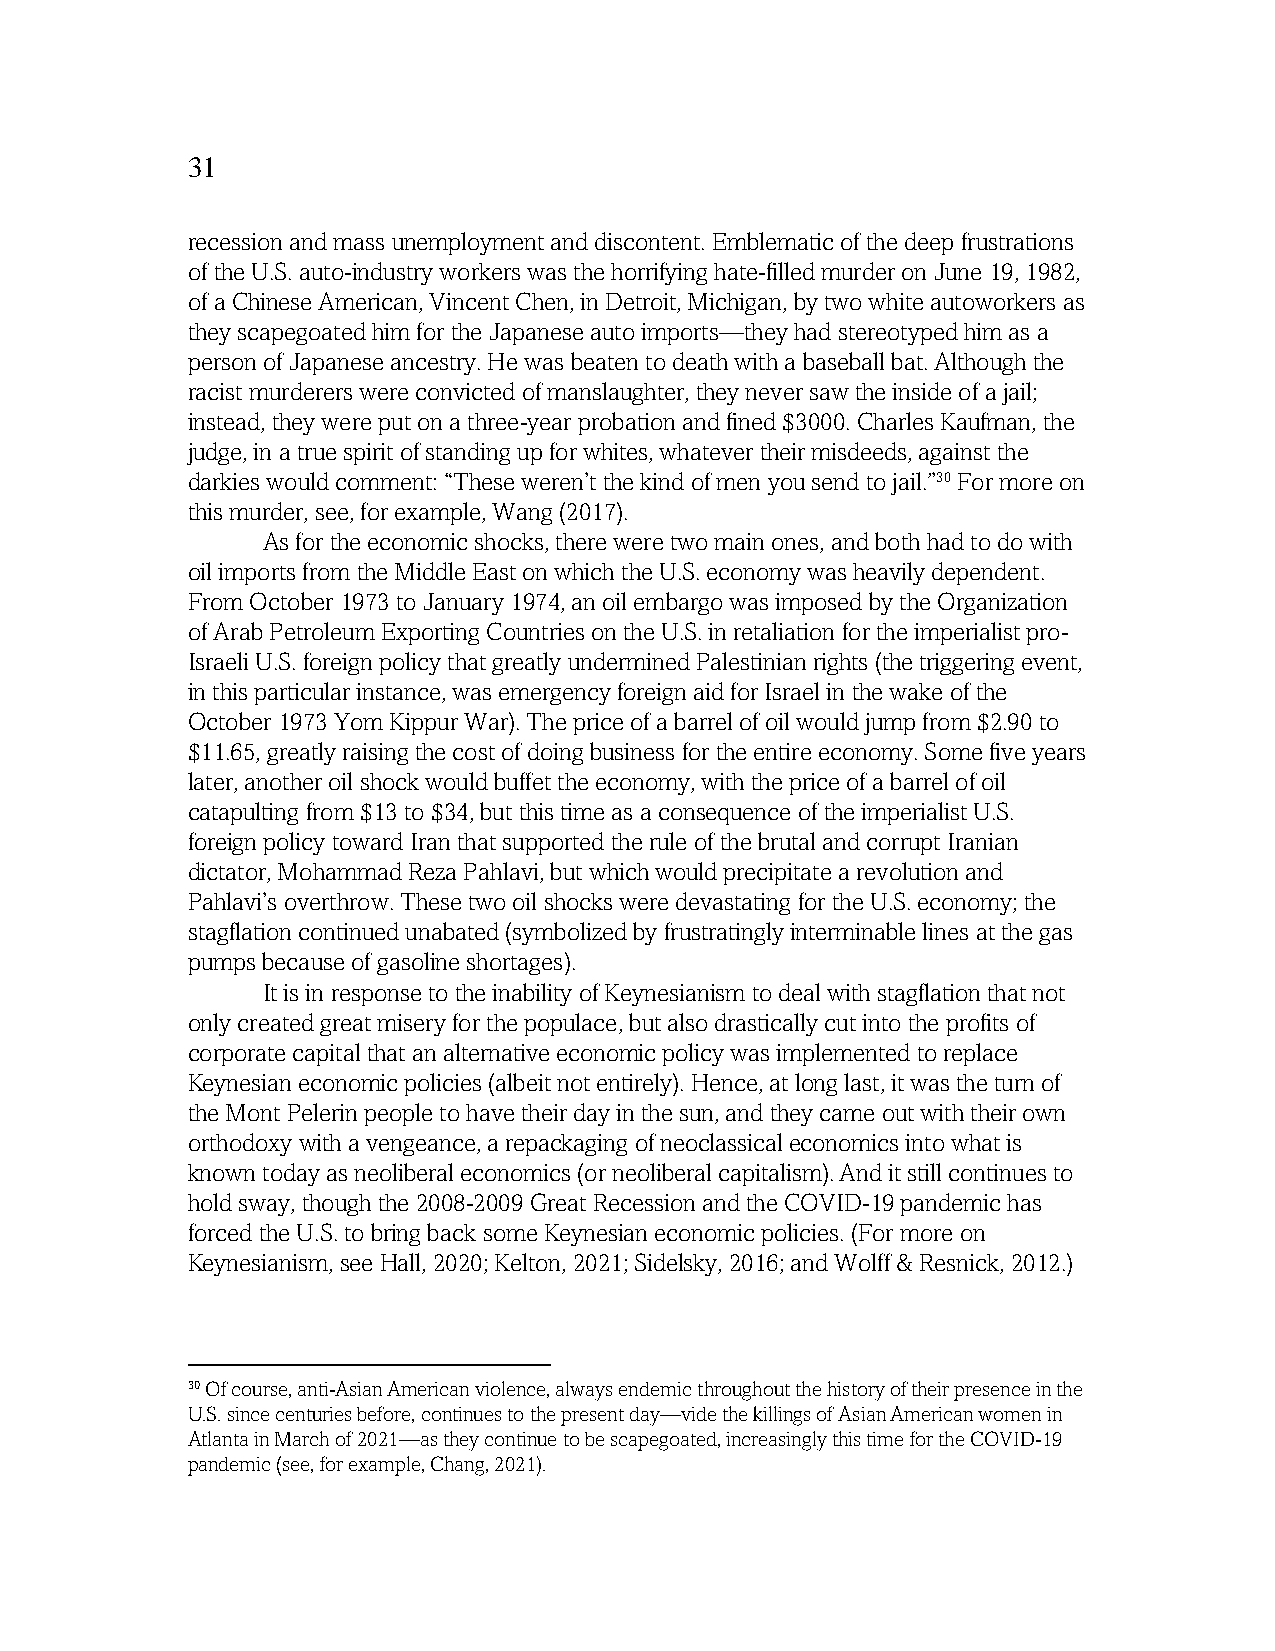
31
 recession and mass unemployment and discontent. Emblematic of the deep frustrations
 of the U.S. auto-industry workers was the horrifying hate-filled murder on June 19, 1982,
 of a Chinese American, Vincent Chen, in Detroit, Michigan, by two white autoworkers as
 they scapegoated him for the Japanese auto imports—they had stereotyped him as a
 person of Japanese ancestry. He was beaten to death with a baseball bat. Although the
 racist murderers were convicted of manslaughter, they never saw the inside of a jail;
 instead, they were put on a three-year probation and fined $3000. Charles Kaufman, the
 judge, in a true spirit of standing up for whites, whatever their misdeeds, against the
 darkies would comment: “These weren’t the kind of men you send to jail.”30 For more on
 this murder, see, for example, Wang (2017).
 As for the economic shocks, there were two main ones, and both had to do with
 oil imports from the Middle East on which the U.S. economy was heavily dependent.
 From October 1973 to January 1974, an oil embargo was imposed by the Organization
 of Arab Petroleum Exporting Countries on the U.S. in retaliation for the imperialist pro-
 Israeli U.S. foreign policy that greatly undermined Palestinian rights (the triggering event,
 in this particular instance, was emergency foreign aid for Israel in the wake of the
 October 1973 Yom Kippur War). The price of a barrel of oil would jump from $2.90 to
 $11.65, greatly raising the cost of doing business for the entire economy. Some five years
 later, another oil shock would buffet the economy, with the price of a barrel of oil
 catapulting from $13 to $34, but this time as a consequence of the imperialist U.S.
 foreign policy toward Iran that supported the rule of the brutal and corrupt Iranian
 dictator, Mohammad Reza Pahlavi, but which would precipitate a revolution and
 Pahlavi’s overthrow. These two oil shocks were devastating for the U.S. economy; the
 stagflation continued unabated (symbolized by frustratingly interminable lines at the gas
 pumps because of gasoline shortages).
 It is in response to the inability of Keynesianism to deal with stagflation that not
 only created great misery for the populace, but also drastically cut into the profits of
 corporate capital that an alternative economic policy was implemented to replace
 Keynesian economic policies (albeit not entirely). Hence, at long last, it was the turn of
 the Mont Pelerin people to have their day in the sun, and they came out with their own
 orthodoxy with a vengeance, a repackaging of neoclassical economics into what is
 known today as neoliberal economics (or neoliberal capitalism). And it still continues to
 hold sway, though the 2008-2009 Great Recession and the COVID-19 pandemic has
 forced the U.S. to bring back some Keynesian economic policies. (For more on
 Keynesianism, see Hall, 2020; Kelton, 2021; Sidelsky, 2016; and Wolff & Resnick, 2012.)
 _____________________
 30 Of course, anti-Asian American violence, always endemic throughout the history of their presence in the
 U.S. since centuries before, continues to the present day—vide the killings of Asian American women in
 Atlanta in March of 2021—as they continue to be scapegoated, increasingly this time for the COVID-19
 pandemic (see, for example, Chang, 2021).